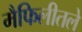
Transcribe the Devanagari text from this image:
मैफिलीतले